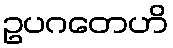
ဥပဂတေဟိ